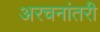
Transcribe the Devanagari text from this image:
अरचनांतरी